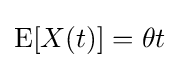
\operatorname {E} [X(t)]=\theta t